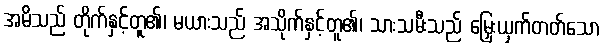
အမိသည် တိုက်နှင့်တူ၏၊ မယားသည် အသိုက်နှင့်တူ၏၊ သားသမီးသည် မြှေးယှက်တတ်သော